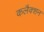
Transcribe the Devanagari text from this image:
कलैक्शन